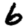
Digit: 6